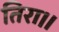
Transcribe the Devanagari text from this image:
तिरा।।